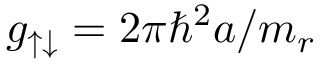
g _ { \uparrow \downarrow } = 2 \pi \hbar ^ { 2 } a / m _ { r }